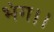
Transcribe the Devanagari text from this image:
भंग।।